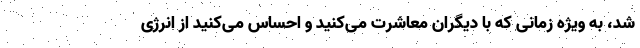
شد، به ویژه زمانی که با دیگران معاشرت می‌کنید و احساس می‌کنید از انرژی